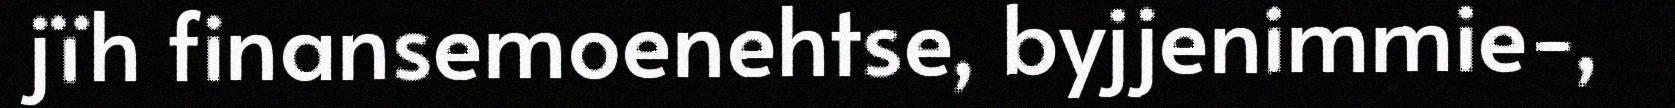
jïh finansemoenehtse, byjjenimmie-,